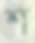
শ